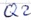
Text: Q2